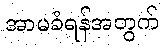
အာမခံရန်အတွက်